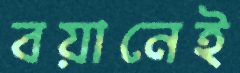
বয়ানেই